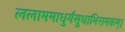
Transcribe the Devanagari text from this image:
ललाममाधुर्यसुधाभिरामकम्।